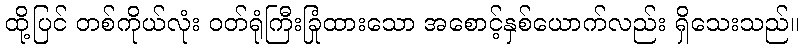
ထို့ပြင် တစ်ကိုယ်လုံး ဝတ်ရုံကြီးခြုံထားသော အစောင့်နှစ်ယောက်လည်း ရှိသေးသည်။